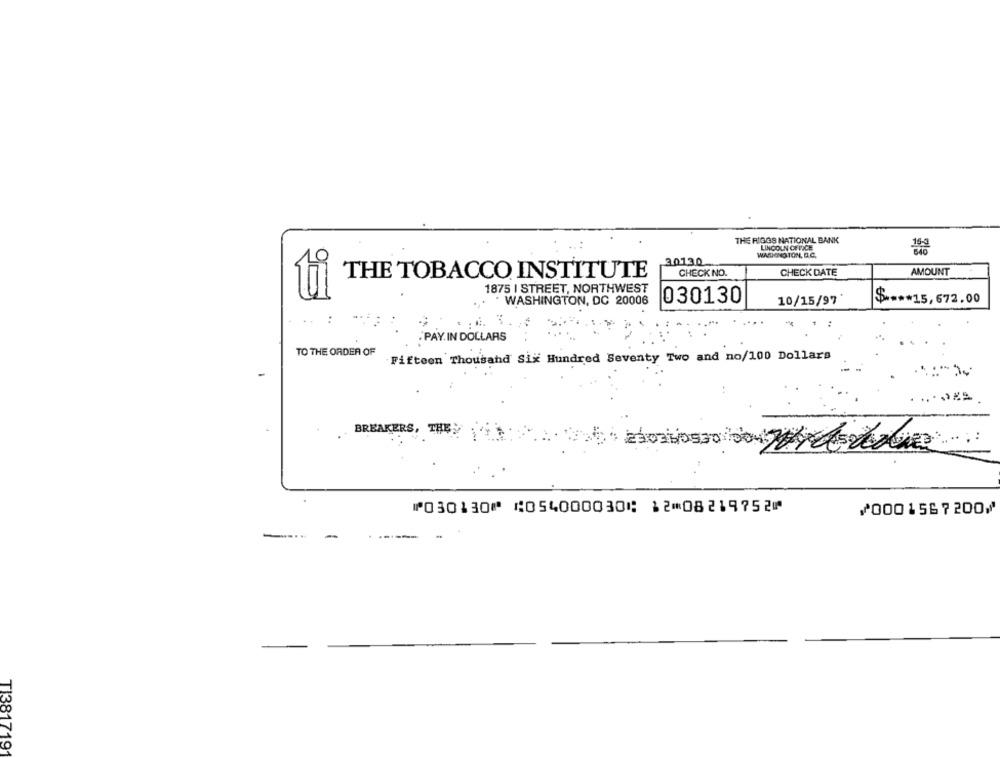
THE RIGGS NATIONAL BANK
LINCOLN OFFICE
WIADONO TON, D.C.
30130
CHECK NO.
CHECK DATE
AMOUNT
THE TOBACCO INSTITUTE
1875 I STREET, NORTHWEST
ti
WASHINGTON, DC 20006
030130
10/15/97
$ **** 15, 672.00
.. :
: PAY. IN DOLLARS
TO THE ORDER OF
Fifteen Thousand Six Hundred Seventy Two and no/100 Dollars
BREAKERS, THE
⑈030130⑈ ⑆054000030⑆ 12⑉08219752⑈
⑇0001567200⑇
TI381719